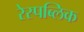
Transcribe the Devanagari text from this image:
रेस्पब्लिक